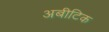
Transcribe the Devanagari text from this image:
अबीटिक